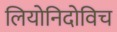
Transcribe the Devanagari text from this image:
लियोनिदोविच